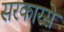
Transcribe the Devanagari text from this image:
सरकारसे